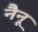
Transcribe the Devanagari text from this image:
नैनू